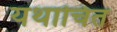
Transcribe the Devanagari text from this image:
यथाचित